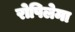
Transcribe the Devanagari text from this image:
रोपिलेमा